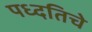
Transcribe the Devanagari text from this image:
पध्दतिचे